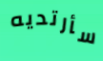
سأرتديه